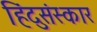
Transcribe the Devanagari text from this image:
हिंदुसंस्कार